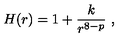
H ( r ) = 1 + \frac { k } { r ^ { 8 - p } } \ ,